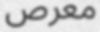
معرص